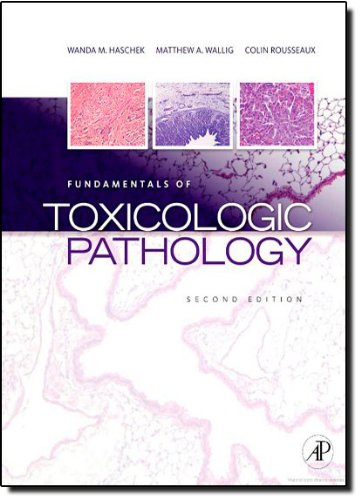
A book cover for Fundamentals of Toxicologic Pathology, Second Edition; Medical Books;